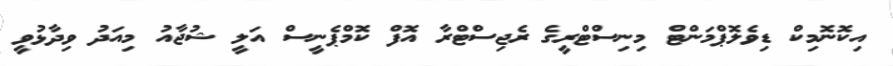
އިކޮނޮމިކް ޑިވެލޮޕްމަންޓް މިނިސްޓްރީގެ ރެޖިސްޓްރާ އޮފް ކޮމްޕެނީސް އަލީ ޝުޖާއު މިއަދު ވިދާޅުވީ